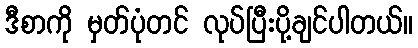
ဒီစာကို မှတ်ပုံတင် လုပ်ပြီးပို့ချင်ပါတယ်။